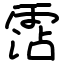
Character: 霑